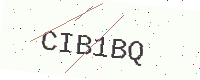
Text: CIB1BQ